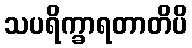
သပရိက္ခာရတာတိပိ